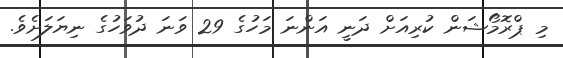
މި ޕްރޮމޯޝަން ކުރިއަށް ދަނީ އަންނަ މަހުގެ 29 ވަނަ ދުވަހުގެ ނިޔަލަށެވެ.